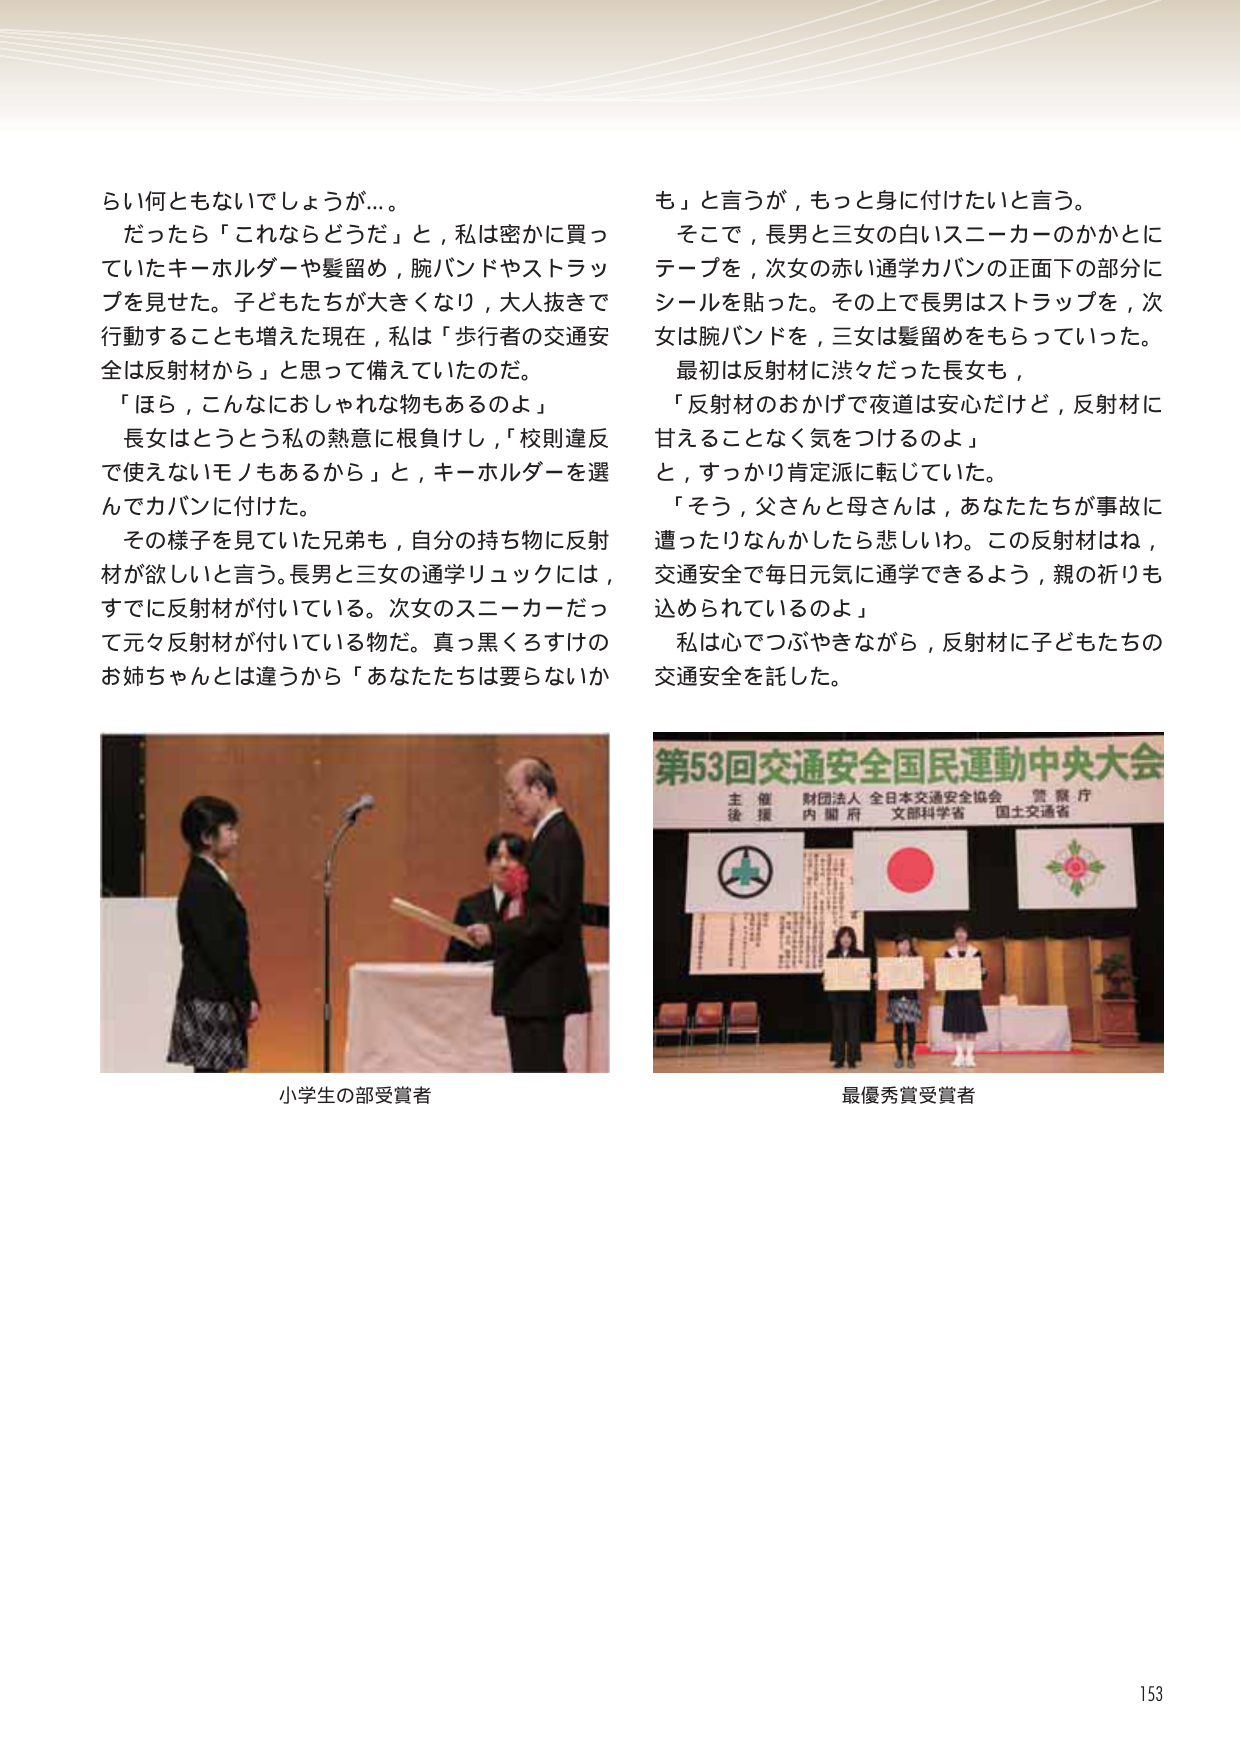
らい何ともないでしょうが…。

だったら「これならどうだ」と，私は密かに買っていたキーホルダーや髪留め，腕バンドやストラップを見せた。子どもたちが大きくなり，大人抜きで行動することも増えた現在，私は「歩行者の交通安全は反射材から」と思って備えていたのだ。

「ほら，こんなにおしゃれな物もあるのよ」

長女はとうとう私の熱意に根負けし，「校則違反で使えないモノもあるから」と，キーホルダーを選んでカバンに付けた。

その様子を見ていた兄弟も，自分の持ち物に反射材が欲しいと言う。長男と三女の通学リュックには，すでに反射材が付いている。次女のスニーカーだって元々反射材が付いている物だ。真っ黒くろすけのお姉ちゃんとは違うから「あなたたちは要らないか

も」と言うが，もっと身に付けたいと言う。

そこで，長男と三女の白いスニーカーのかかとにテープを，次女の赤い通学カバンの正面下の部分にシールを貼った。その上で長男はストラップを，次女は腕バンドを，三女は髪留めをもらっていた。

最初は反射材に渋々だった長女も，

「反射材のおかげで夜道は安心だけど，反射材に甘えることなく気をつけるのよ」

と，すっかり肯定派に転じていた。

「そう，父さんと母さんは，あなたたちが事故に遭ったりなんかしたら悲しいわ。この反射材はね，交通安全で毎日元気に通学できるよう，親の祈りも込められているのよ」

私は心でつぶやきながら，反射材に子どもたちの交通安全を託した。

小学生の部受賞者

第53回交通安全全国民運動中央大会
主催 財団法人 全日本交通安全協会 警察庁
後援 内閣府 文部科学省 国土交通省

最優秀賞受賞者

153